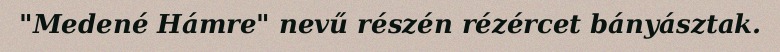
"Medené Hámre" nevű részén rézércet bányásztak.